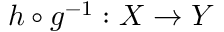
h \circ g ^ { - 1 } : X \to Y